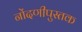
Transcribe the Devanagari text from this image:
नोंदणीपुस्तक